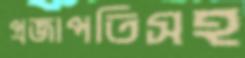
প্রজাপতিসহ